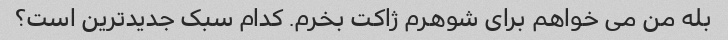
بله من می خواهم برای شوهرم ژاکت بخرم. کدام سبک جدیدترین است؟